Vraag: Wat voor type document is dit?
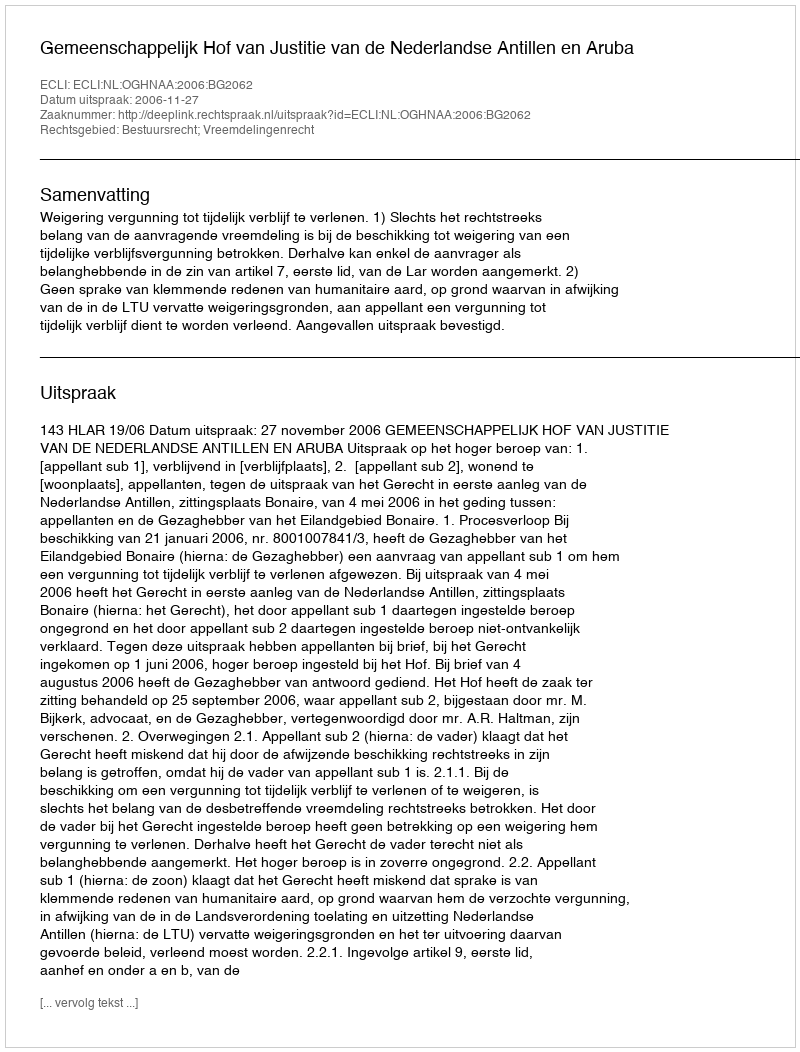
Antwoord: Uitspraak